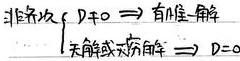
非 齐 次$\begin{cases}D\neq 0\Rightarrow 有唯一解\\ 天 角 线 或 反 角 线 \Rightarrow D = 0\end{cases}$